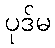
ပုဒ်မ